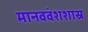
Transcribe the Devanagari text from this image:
मानववंशशास्र